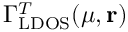
\Gamma _ { \mathrm { L D O S } } ^ { T } ( \mu , \mathbf { r } )